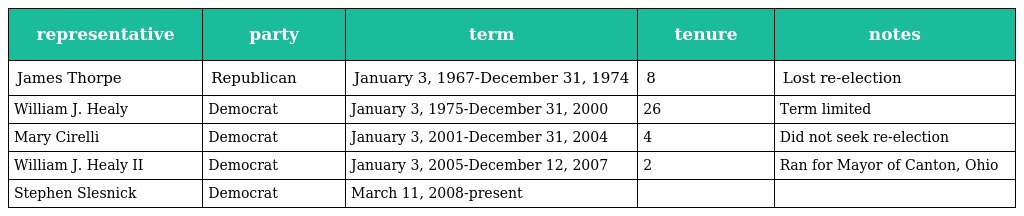
| representative | party | term | tenure | notes |
 | --- | --- | --- | --- | --- |
 | James Thorpe | Republican | January 3, 1967-December 31, 1974 | 8 | Lost re-election |
 | William J. Healy | Democrat | January 3, 1975-December 31, 2000 | 26 | Term limited |
 | Mary Cirelli | Democrat | January 3, 2001-December 31, 2004 | 4 | Did not seek re-election |
 | William J. Healy II | Democrat | January 3, 2005-December 12, 2007 | 2 | Ran for Mayor of Canton, Ohio |
 | Stephen Slesnick | Democrat | March 11, 2008-present |  |  |